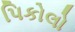
પિકોલો